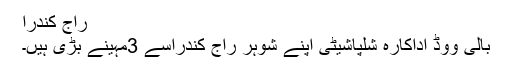
راج کندرا
بالی ووڈ اداکارہ شلپاشیٹی اپنے شوہر راج کندراسے 3مہینے بڑی ہیں۔